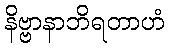
နိဗ္ဗာနာဘိရတာဟံ